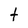
Character: t